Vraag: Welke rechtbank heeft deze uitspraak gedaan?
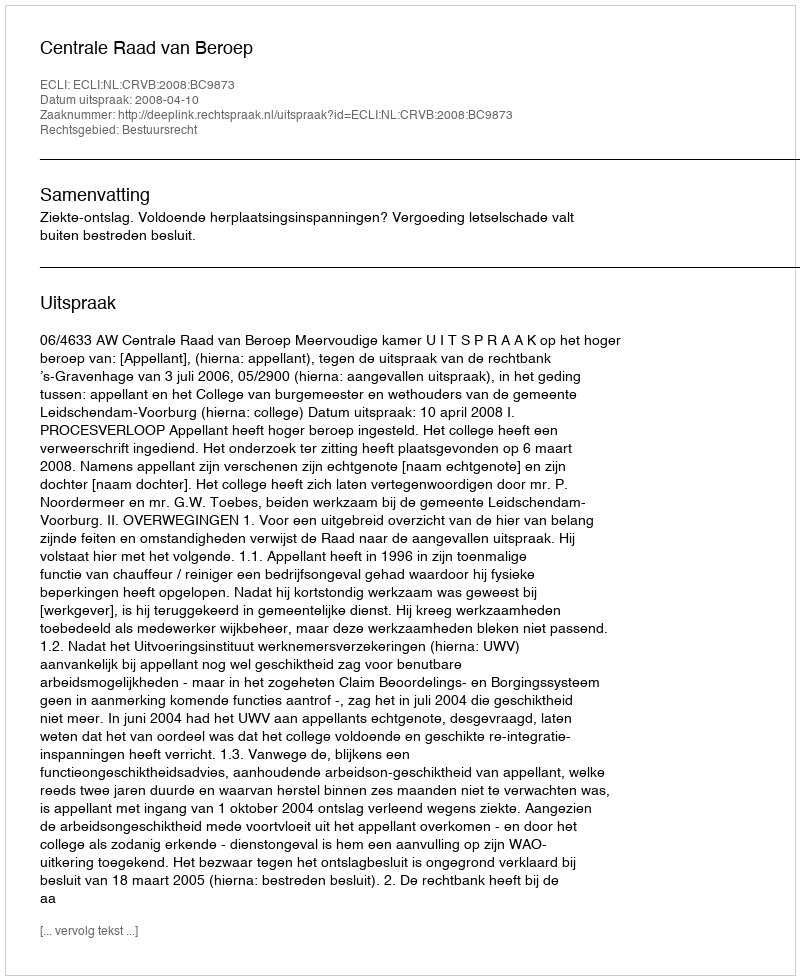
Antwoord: Centrale Raad van Beroep